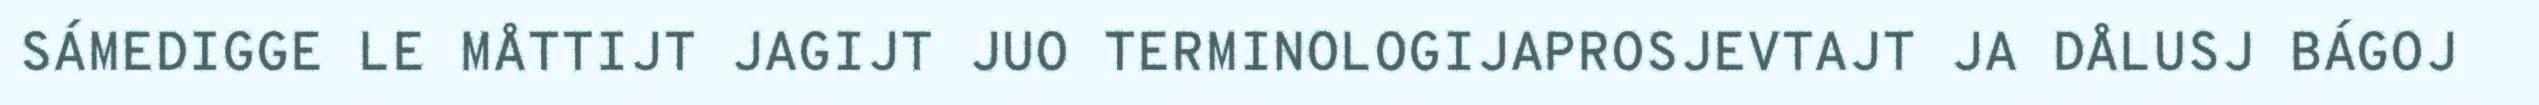
SÁMEDIGGE LE MÅTTIJT JAGIJT JUO TERMINOLOGIJAPROSJEVTAJT JA DÅLUSJ BÁGOJ